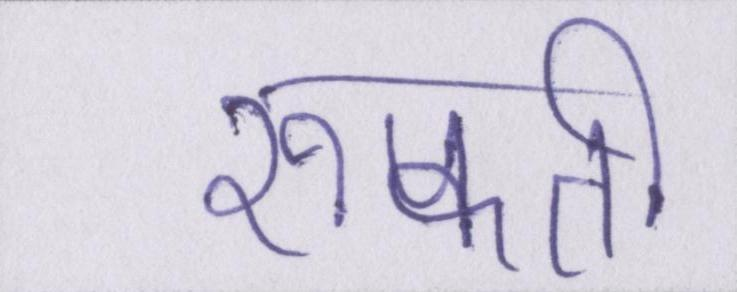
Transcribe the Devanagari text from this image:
रुकती